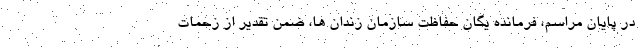
در پایان مراسم، فرمانده یگان حفاظت سازمان زندان ها، ضمن تقدیر از زحمات